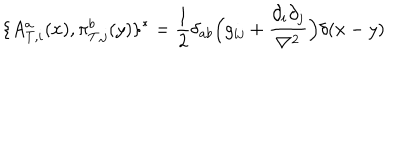
\{ A _ { T , i } ^ { a } ( x ) , \pi _ { T , j } ^ { b } ( y ) \} ^ { * } = \frac { 1 } { 2 } \delta _ { a b } \Big ( g _ { i j } + \frac { \partial _ { i } \partial _ { j } } { \bf \nabla ^ { 2 } } \Big ) \delta ( x - y )